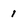
Character: 1